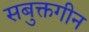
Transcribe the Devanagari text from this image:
सबुक्तगीन